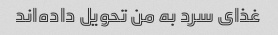
غذای سرد به من تحویل داده‌اند